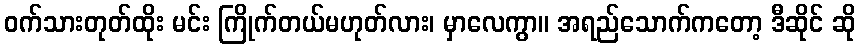
ဝက်သားတုတ်ထိုး မင်း ကြိုက်တယ်မဟုတ်လား၊ မှာလေကွာ။ အရည်သောက်ကတော့ ဒီဆိုင် ဆို